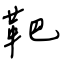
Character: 靶